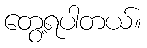
တွေ့ရပါတယ်။